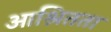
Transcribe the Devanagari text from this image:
आश्रितता